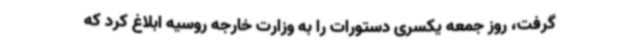
گرفت،‌ روز جمعه یکسری دستورات را به وزارت خارجه روسیه ابلاغ کرد که